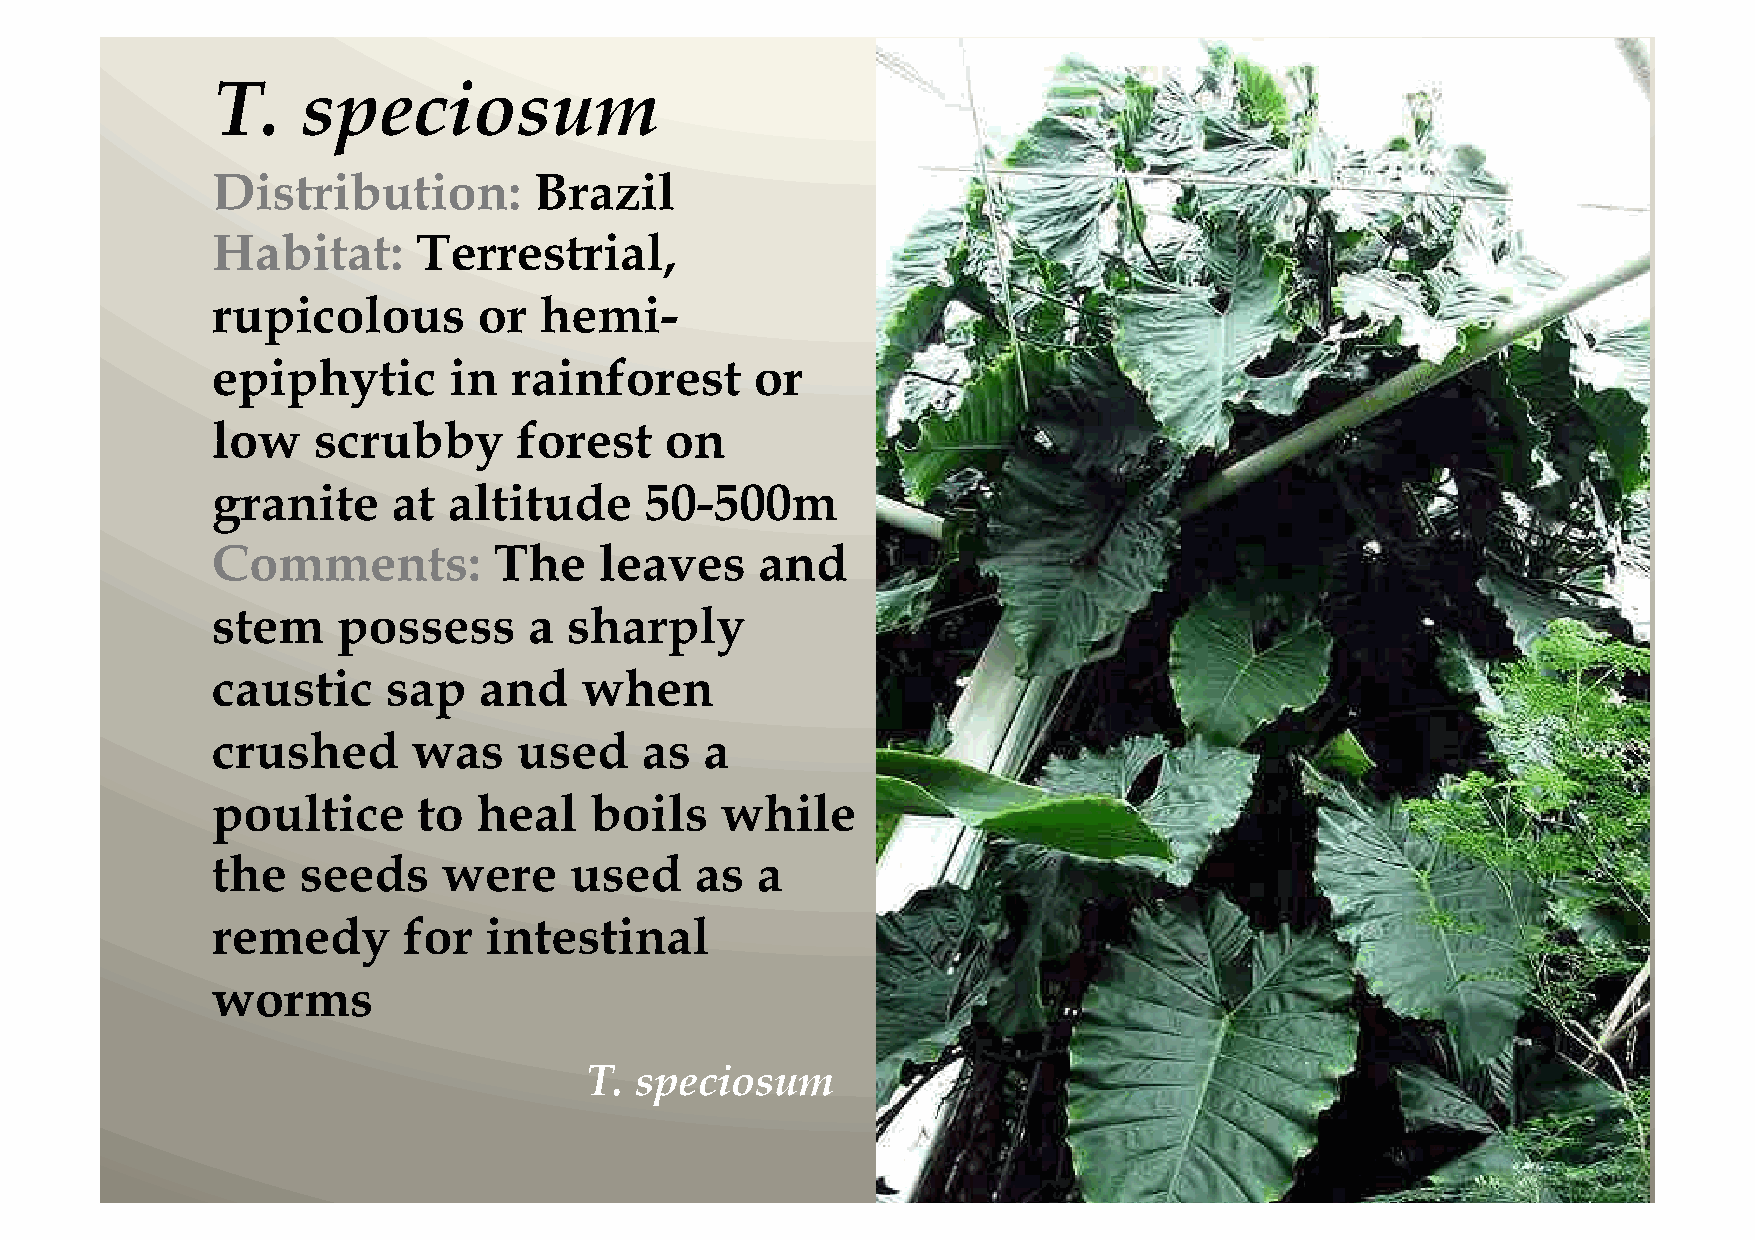
T.    speciosum
 Distribution:        Brazil
 Habitat:      Terrestrial,
 rupicolous        or  hemi-
 epiphytic       in  rainforest      or
 low    scrubby      forest    on
 granite     at  altitude     50-500m
 Comments:          The    leaves    and
 stem    possess      a  sharply
 caustic     sap   and   when
 crushed      was    used    as   a
 poultice      to  heal   boils    while
 the   seeds    were     used    as  a
 remedy       for  intestinal
 worms
 T. speciosum